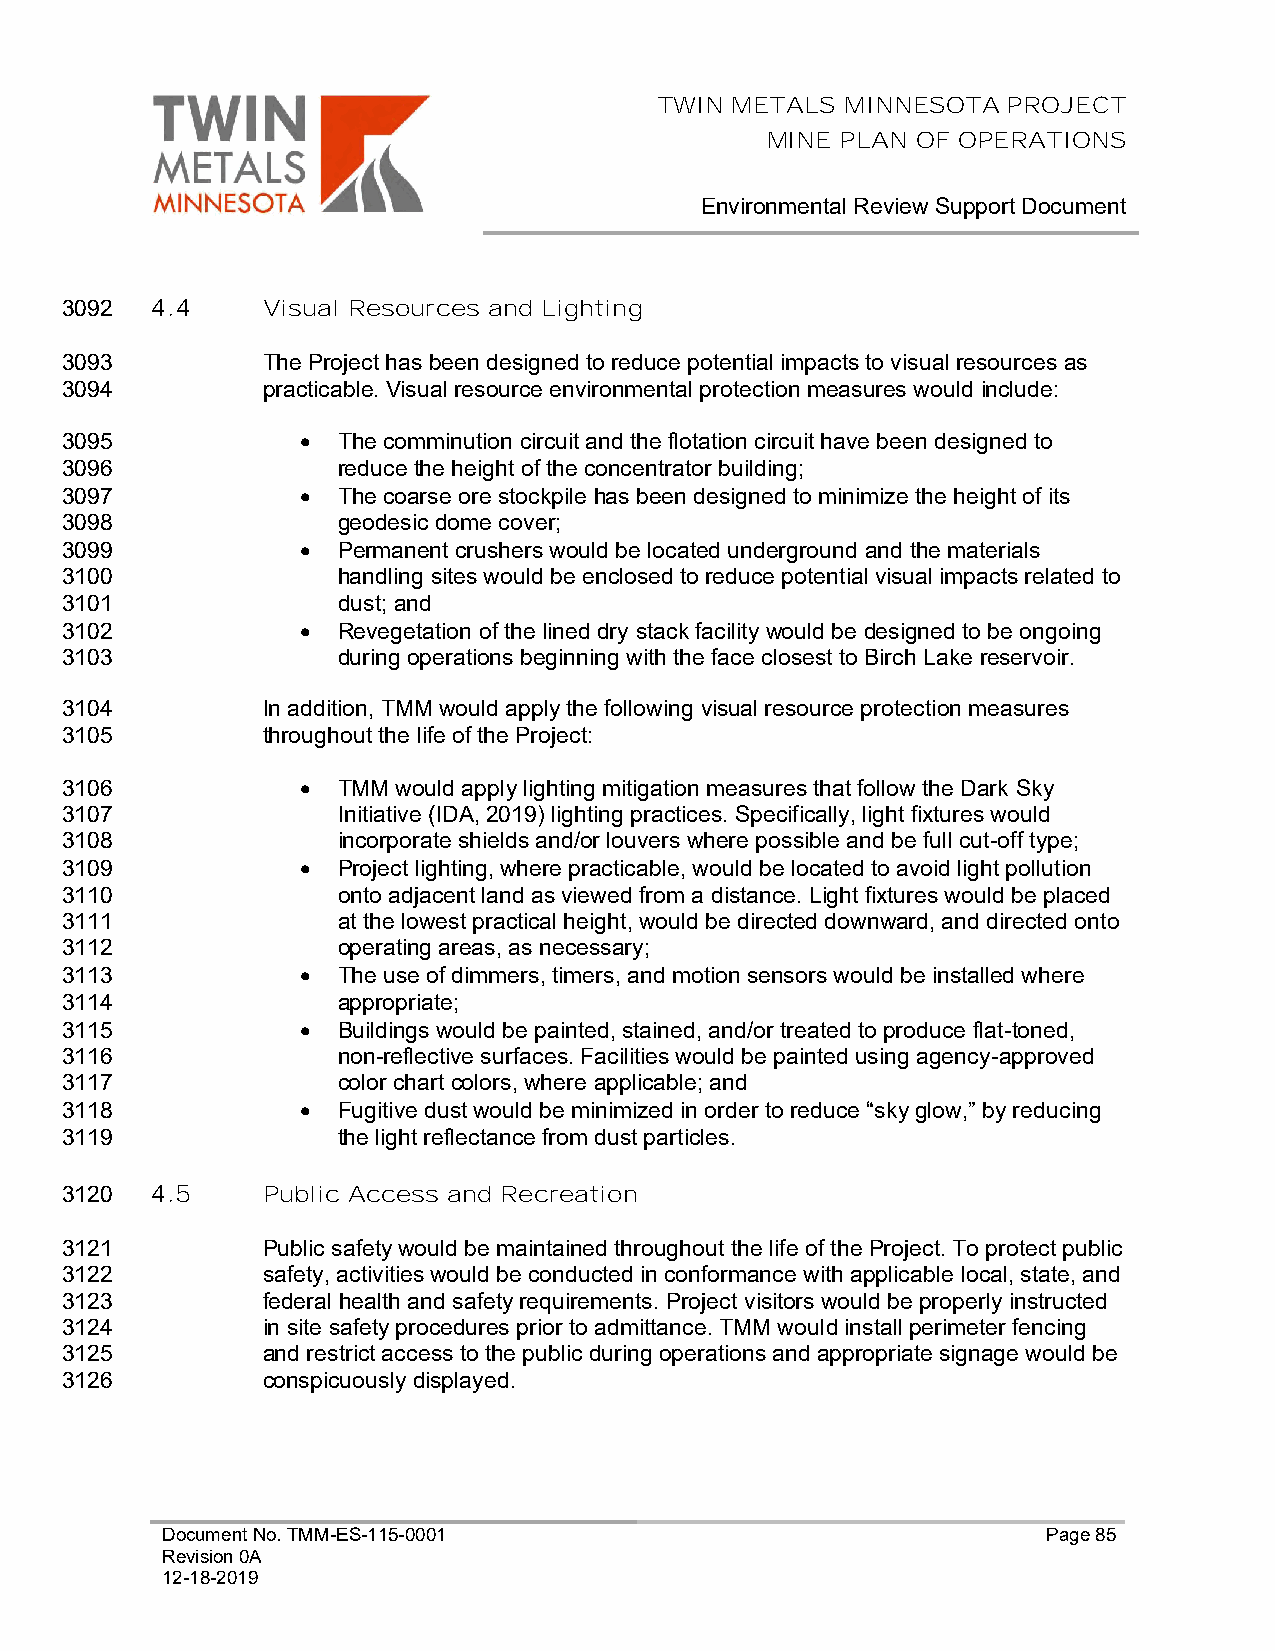
TWIN METALS MINNESOTA  PROJECT
 MINE PLAN OF OPERATIONS
 Environmental Review Support Document
 3092  4.4    Visual Resources and Lighting
 3093         The Project has been designed to reduce potential impacts to visual resources as
 3094         practicable. Visual resource environmental protection measures would include:
 3095            • The comminution circuit and the flotation circuit have been designed to
 3096              reduce the height of the concentrator building;
 3097            • The coarse ore stockpile has been designed to minimize the height of its
 3098              geodesic dome cover;
 3099            • Permanent crushers would be located underground and the materials
 3100              handling sites would be enclosed to reduce potential visual impacts related to
 3101              dust; and
 3102            • Revegetation of the lined dry stack facility would be designed to be ongoing
 3103              during operations beginning with the face closest to Birch Lake reservoir.
 3104         In addition, TMM would apply the following visual resource protection measures
 3105         throughout the life of the Project:
 3106            • TMM would apply lighting mitigation measures that follow the Dark Sky
 3107              Initiative (IDA, 2019) lighting practices. Specifically, light fixtures would
 3108              incorporate shields and/or louvers where possible and be full cut-off type;
 3109            • Project lighting, where practicable, would be located to avoid light pollution
 3110              onto adjacent land as viewed from a distance. Light fixtures would be placed
 3111              at the lowest practical height, would be directed downward, and directed onto
 3112              operating areas, as necessary;
 3113            • The use of dimmers, timers, and motion sensors would be installed where
 3114              appropriate;
 3115            • Buildings would be painted, stained, and/or treated to produce flat-toned,
 3116              non-reflective surfaces. Facilities would be painted using agency-approved
 3117              color chart colors, where applicable; and
 3118            • Fugitive dust would be minimized in order to reduce “sky glow,” by reducing
 3119              the light reflectance from dust particles.
 3120  4.5    Public Access and Recreation
 3121         Public safety would be maintained throughout the life of the Project. To protect public
 3122         safety, activities would be conducted in conformance with applicable local, state, and
 3123         federal health and safety requirements. Project visitors would be properly instructed
 3124         in site safety procedures prior to admittance. TMM would install perimeter fencing
 3125         and restrict access to the public during operations and appropriate signage would be
 3126         conspicuously displayed.
 Document No. TMM-ES-115-0001                              Page 85
 Revision 0A
 12-18-2019